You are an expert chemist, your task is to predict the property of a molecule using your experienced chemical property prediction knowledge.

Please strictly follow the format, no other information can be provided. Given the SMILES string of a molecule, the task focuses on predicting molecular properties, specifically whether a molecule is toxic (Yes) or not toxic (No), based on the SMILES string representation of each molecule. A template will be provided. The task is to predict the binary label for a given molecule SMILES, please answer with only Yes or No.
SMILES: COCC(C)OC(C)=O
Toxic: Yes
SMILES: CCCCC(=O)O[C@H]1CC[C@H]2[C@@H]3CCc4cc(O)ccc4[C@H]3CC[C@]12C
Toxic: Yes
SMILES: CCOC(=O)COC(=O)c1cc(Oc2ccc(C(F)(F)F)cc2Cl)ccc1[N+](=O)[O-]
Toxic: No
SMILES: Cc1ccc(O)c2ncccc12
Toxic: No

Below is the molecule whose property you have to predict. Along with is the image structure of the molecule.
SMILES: Clc1cc(Cl)nc(Cl)n1
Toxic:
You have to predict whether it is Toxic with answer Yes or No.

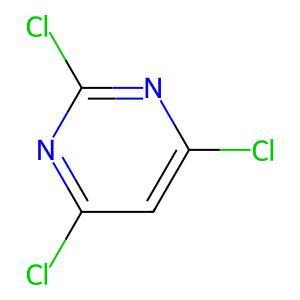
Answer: No